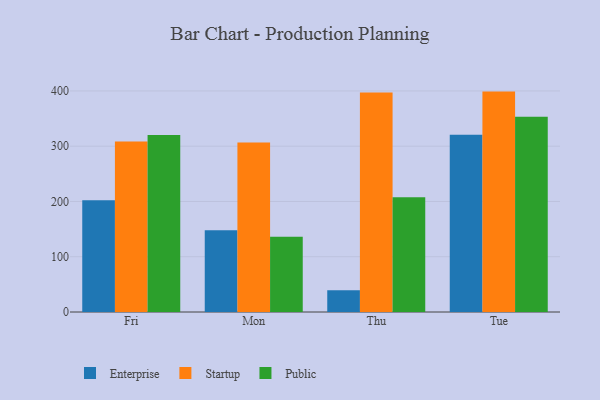
{"axis": {"x": "Day", "y": "Latency (ms)"}, "legend": ["Enterprise", "Public", "Startup"], "data": [{"x": "Fri", "y": 202.0, "type": "Enterprise"}, {"x": "Fri", "y": 308.4, "type": "Startup"}, {"x": "Fri", "y": 320.3, "type": "Public"}, {"x": "Mon", "y": 147.9, "type": "Enterprise"}, {"x": "Mon", "y": 306.6, "type": "Startup"}, {"x": "Mon", "y": 136.0, "type": "Public"}, {"x": "Thu", "y": 39.4, "type": "Enterprise"}, {"x": "Thu", "y": 397.2, "type": "Startup"}, {"x": "Thu", "y": 207.8, "type": "Public"}, {"x": "Tue", "y": 320.7, "type": "Enterprise"}, {"x": "Tue", "y": 398.8, "type": "Startup"}, {"x": "Tue", "y": 353.2, "type": "Public"}]}